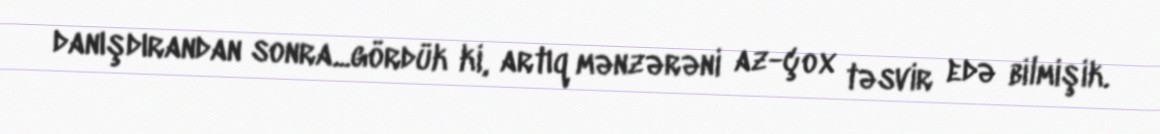
danışdırandan sonra...gördük ki, artıq mənzərəni az-çox təsvir edə bilmişik.